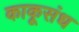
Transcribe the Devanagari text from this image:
काकूसंध